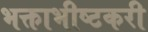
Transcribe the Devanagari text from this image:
भक्ताभीष्टकरी